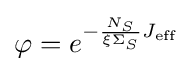
\varphi =e^{-{\frac {N_{S}}{\xi \Sigma _{S}}}J_{\mathrm {eff} }}